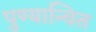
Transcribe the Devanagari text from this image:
पुण्यान्वित